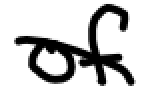
Text: of
Cross-out: diagonal
Writing tool: digital_black